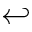
\hookleftarrow